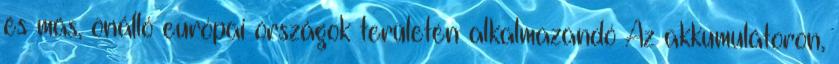
és más, önálló európai országok területén alkalmazandó Az akkumulátoron,